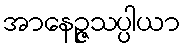
အာနေဉ္ဇသပ္ပါယာ